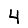
Digit: 4